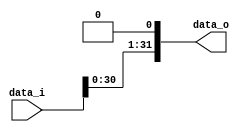
/***************************************************
Student Name: 
Student ID: 
***************************************************/

`timescale 1ns/1ps

module Shift_Left_1(
    input  [31:0] data_i,
    output [31:0] data_o
    );


assign data_o = data_i << 1;
endmodule